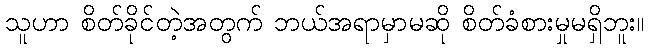
သူဟာ စိတ်ခိုင်တဲ့အတွက် ဘယ်အရာမှာမဆို စိတ်ခံစားမှုမရှိဘူး။